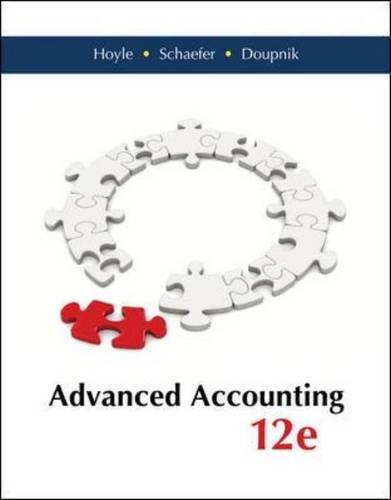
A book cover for Advanced Accounting; Joe Ben Hoyle; Business & Money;